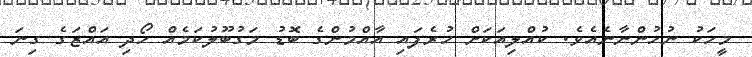
މީހަކު ނުހުންނާނެއެވެ. ކުއްލިއަކަށް ހުރެފައި އާއްމުންގެ ބޮޑު މަގުބޫލުކަމެއް ހޯދި އައްޒަގެ ގިނަ